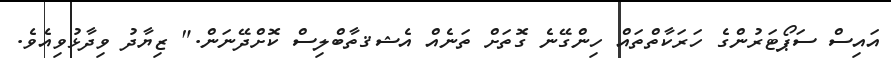
އައިސް ސަޕޯޓަރުންގެ ހަރަކާތްތައް ހިންގޭނެ ގޮތަށް ތަނެއް އެޝޤތާބްލިސް ކޮށްދޭނަން." ޒިޔާދު ވިދާޅުވިއެވެ.